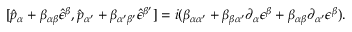
[ \hat { p } _ { \alpha } + \beta _ { \alpha \beta } \hat { \epsilon } ^ { \beta } , \hat { p } _ { \alpha ^ { \prime } } + \beta _ { \alpha ^ { \prime } \beta ^ { \prime } } \hat { \epsilon } ^ { \beta ^ { \prime } } ] = i ( \beta _ { \alpha \alpha ^ { \prime } } + \beta _ { \beta \alpha ^ { \prime } } \partial _ { \alpha } \epsilon ^ { \beta } + \beta _ { \alpha \beta } \partial _ { \alpha ^ { \prime } } \epsilon ^ { \beta } ) .